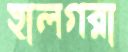
হালগরা